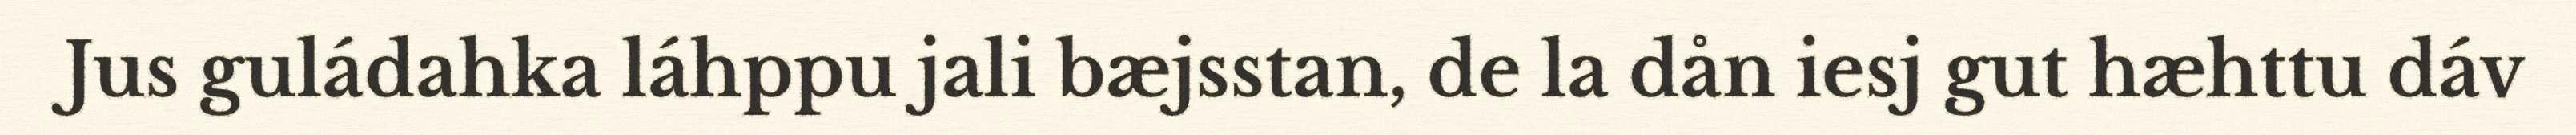
Jus guládahka láhppu jali bæjsstan, de la dån iesj gut hæhttu dáv